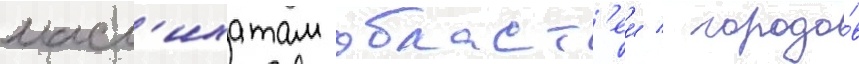
масл'ихатам област'еи / городо́в